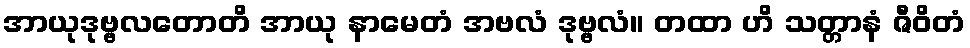
အာယုဒုဗ္ဗလတောတိ အာယု နာမေတံ အဗလံ ဒုဗ္ဗလံ။ တထာ ဟိ သတ္တာနံ ဇီဝိတံ